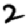
Digit: 2